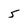
Character: 5